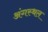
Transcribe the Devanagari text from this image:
अंगस्थल